65_HS1-834228961_62-HQ-83894_Section_1
Agency: FBI
Page 181
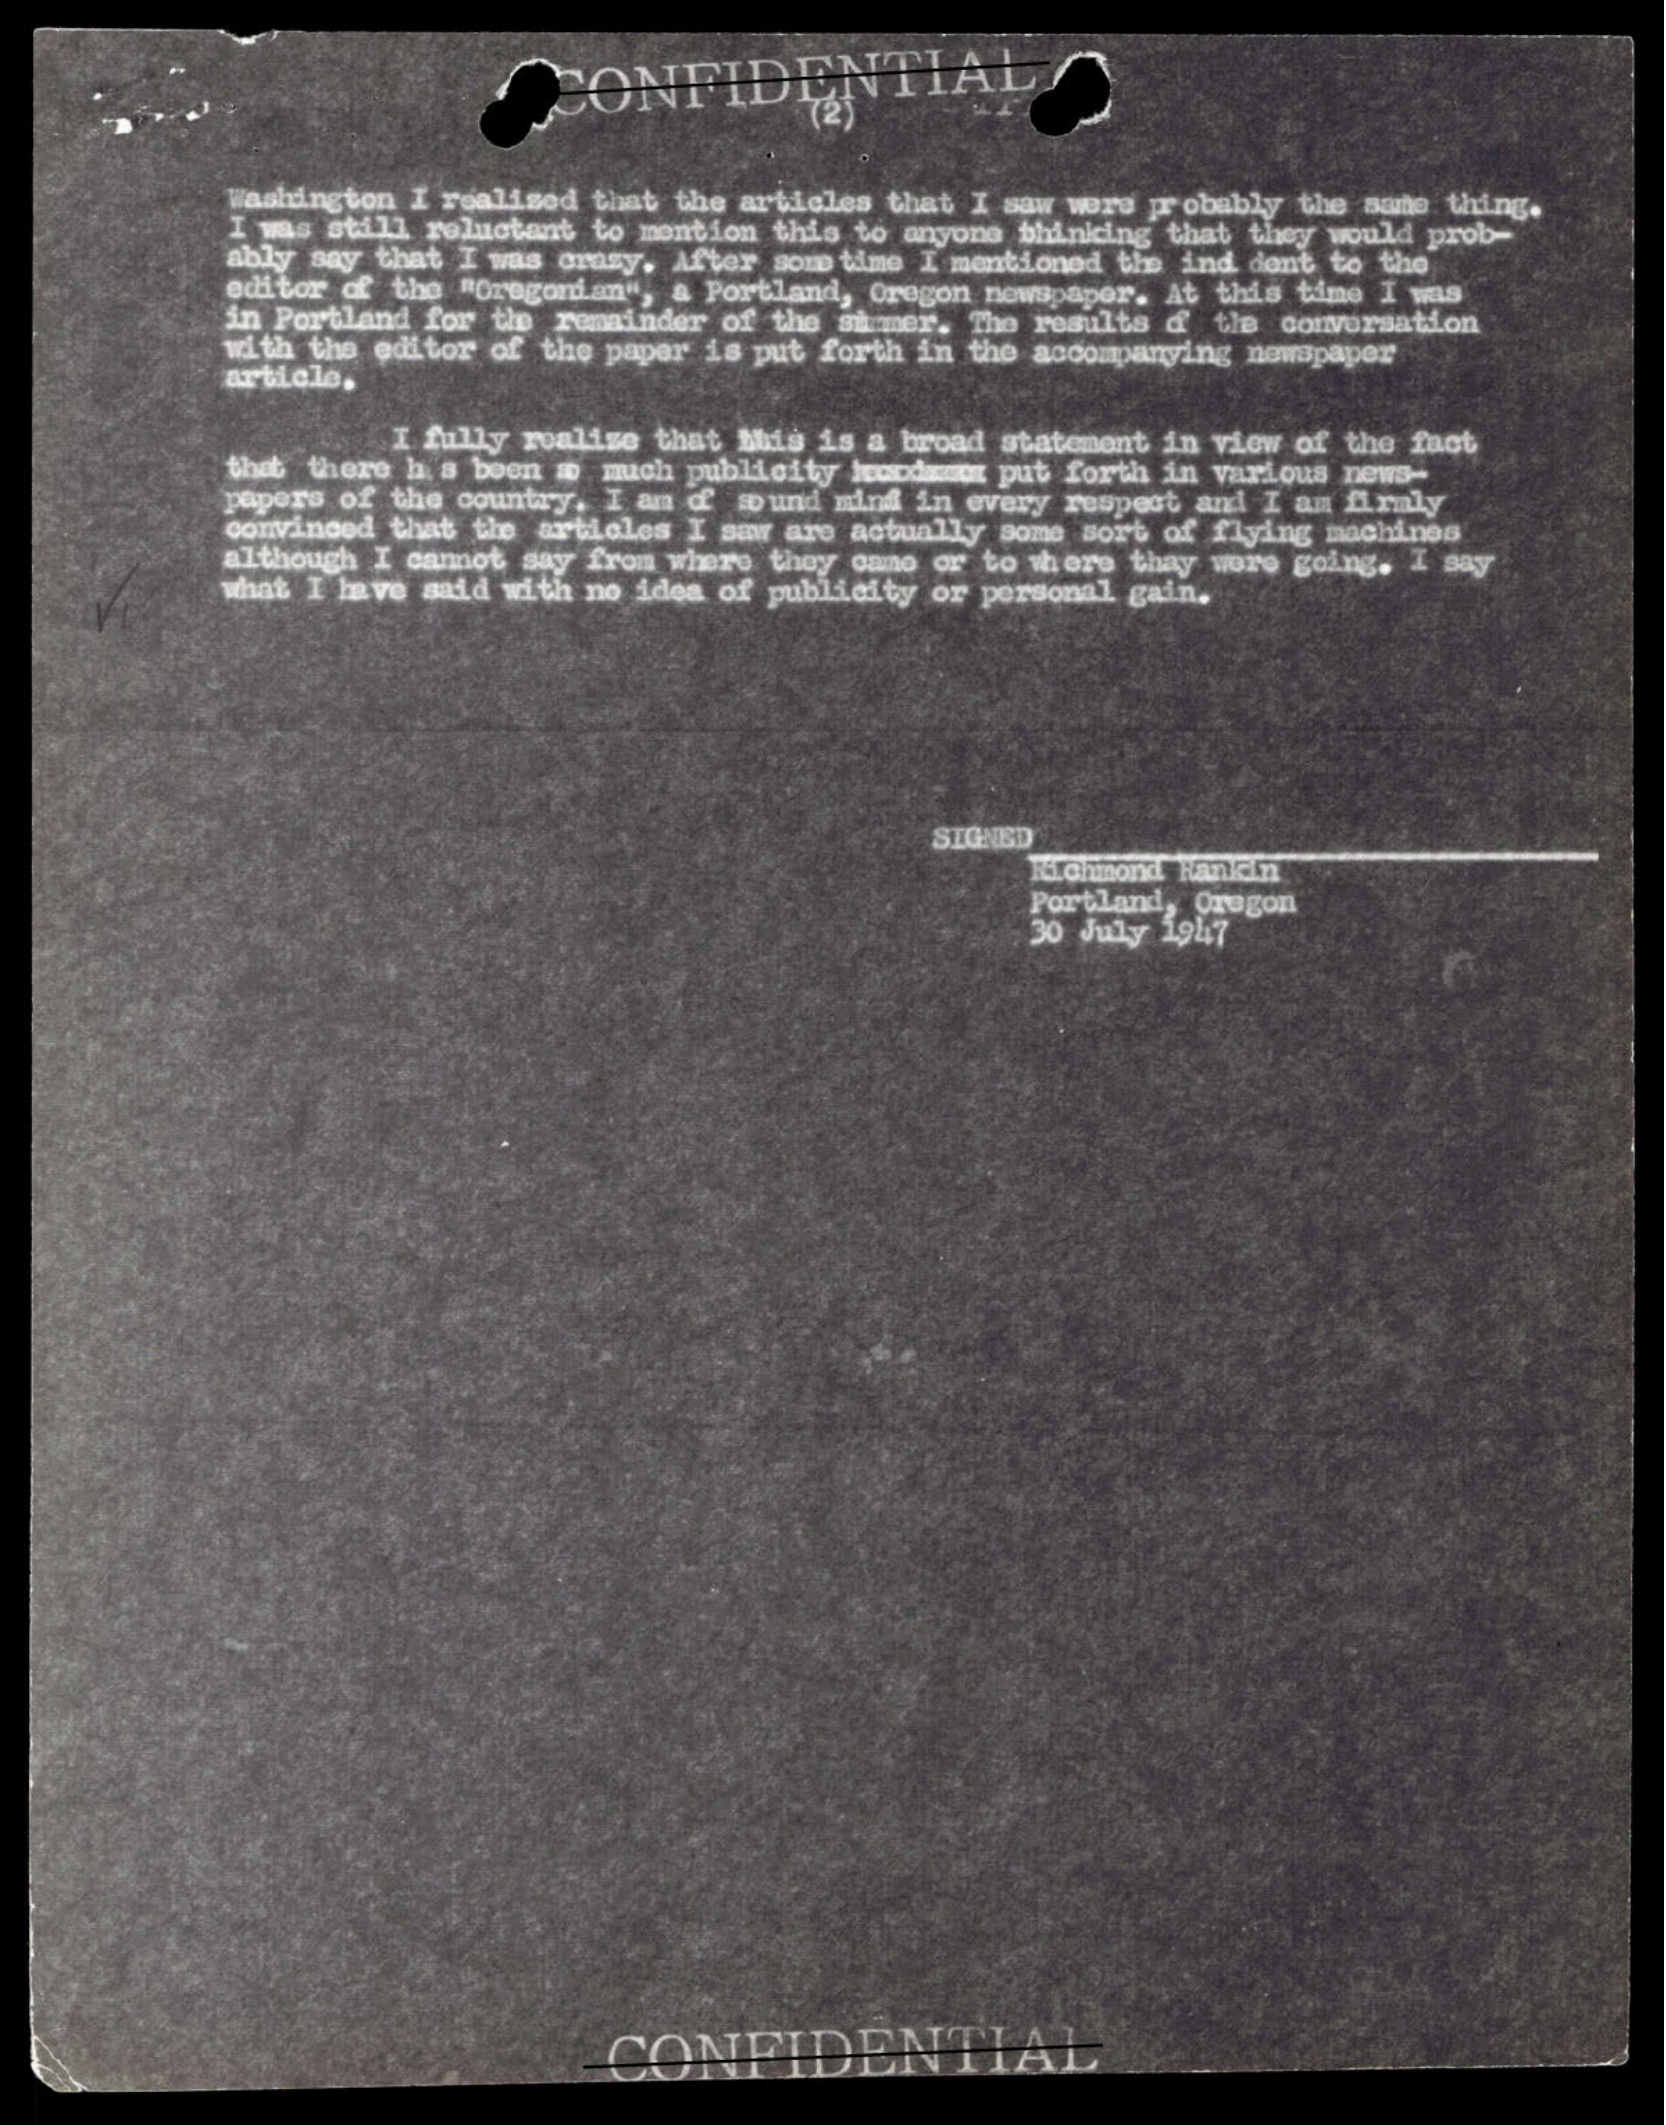